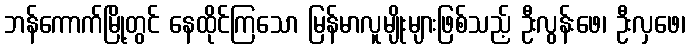
ဘန်ကောက်မြို့တွင် နေထိုင်ကြသော မြန်မာလူမျိုးများဖြစ်သည့် ဦးလွန်းဖေ၊ ဦးလှဖေ၊